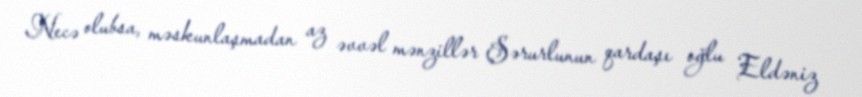
Necə olubsa, məskunlaşmadan az əvvəl mənzillər Şərurlunun qardaşı oğlu Eldəniz